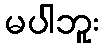
မပါဘူး